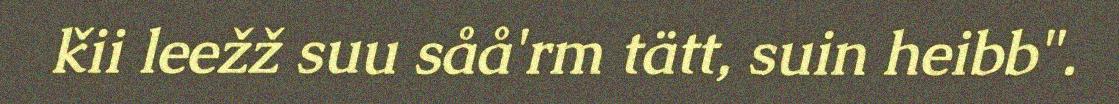
ǩii leežž suu såå'rm tätt, suin heibb".